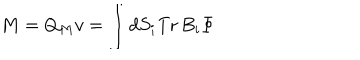
M = Q _ { M } v = \int d S _ { i } \mathrm { T r } \, B _ { i } \Phi